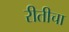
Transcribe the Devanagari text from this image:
रीतीचा